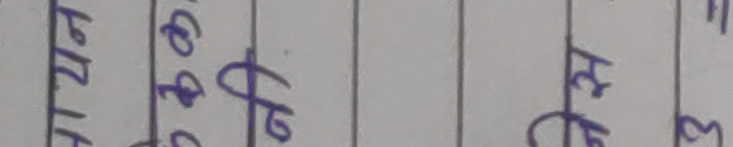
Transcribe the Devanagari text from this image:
नाना बुवा केहि